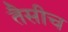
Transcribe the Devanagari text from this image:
तैसीच